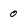
Character: o